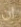
ان